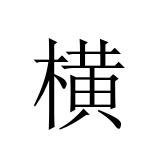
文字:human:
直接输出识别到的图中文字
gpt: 横